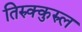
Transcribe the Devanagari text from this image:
तिरुक्कुरुल